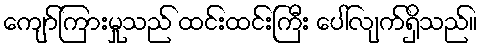
ကျော်ကြားမှုသည် ထင်းထင်းကြီး ပေါ်လျက်ရှိသည်။